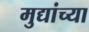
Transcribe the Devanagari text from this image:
मुद्यांच्या